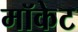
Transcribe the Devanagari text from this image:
मॉकेट